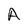
Character: A